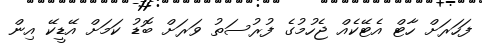
ފަހަރަށް ހާޓް އެޓޭކެއް ޖެހުމުގެ ފުރުސަތު ވަރަށް ބޮޑު ކަމަށް އޭޑީކޭ އިން